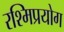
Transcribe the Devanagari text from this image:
रश्मिप्रयोग